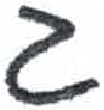
אות: ג